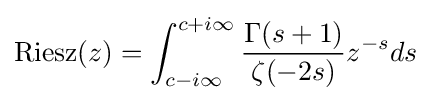
{\rm {Riesz}}(z)=\int _{c-i\infty }^{c+i\infty }{\frac {\Gamma (s+1)}{\zeta (-2s)}}z^{-s}ds